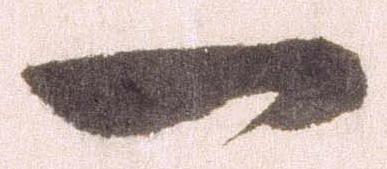
一